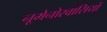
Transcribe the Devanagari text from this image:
नूमेनोरवासियों